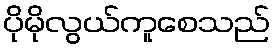
ပိုမိုလွယ်ကူစေသည်